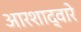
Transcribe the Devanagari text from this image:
आरशाद्वारे